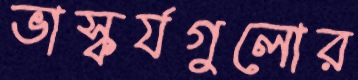
ভাস্কর্যগুলোর